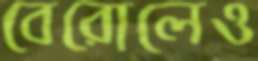
বেরোলেও